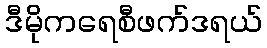
ဒီမိုကရေစီဖက်ဒရယ်